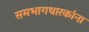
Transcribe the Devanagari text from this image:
समभागधारकांना